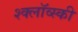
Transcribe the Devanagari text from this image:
श्क्लॉव्स्की